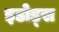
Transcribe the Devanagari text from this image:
इडोड्स